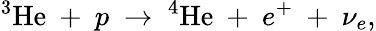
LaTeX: \mathrm{^3He}~+~p~\rightarrow~\mathrm{^4He}~+~e^{+}~+~\nu_{e},